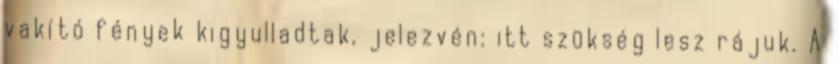
vakító fények kigyulladtak, jelezvén: itt szükség lesz rájuk. A